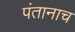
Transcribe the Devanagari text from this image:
पंतानाच